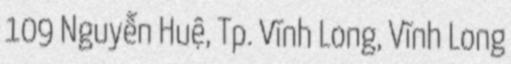
109 Nguyễn Huệ, Tp. Vĩnh Long, Vĩnh Long